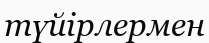
түйірлермен